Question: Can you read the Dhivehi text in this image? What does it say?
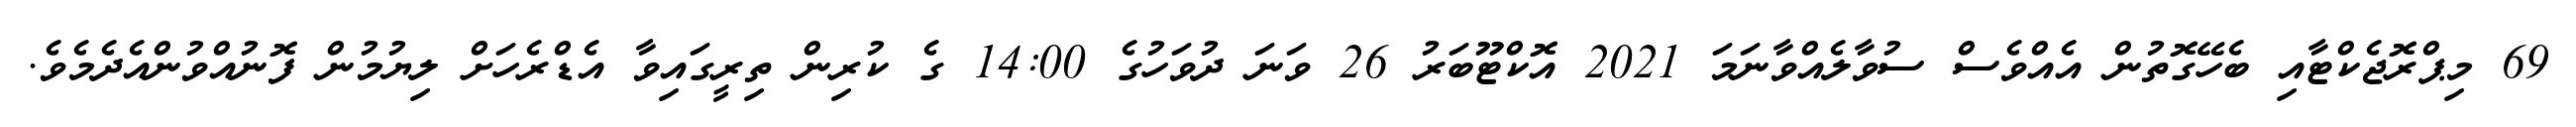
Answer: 69 މިޕްރޮޖެކްޓާއި ބެހޭގޮތުން އެއްވެސް ސުވާލެއްވާނަމަ 2021 އޮކްޓޫބަރު 26 ވަނަ ދުވަހުގެ 14:00 ގެ ކުރިން ތިރީގައިވާ އެޑްރެހަށް ލިޔުމުން ފޮނުއްވުންއެދެމެވެ.